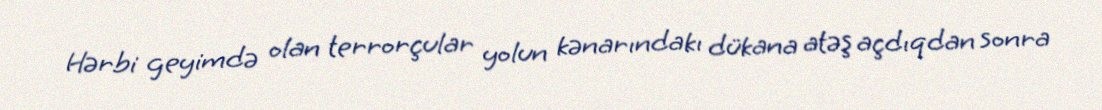
Hərbi geyimdə olan terrorçular yolun kənarındakı dükana atəş açdıqdan sonra